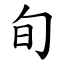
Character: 旬